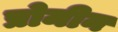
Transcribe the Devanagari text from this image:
प्रोमीन